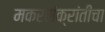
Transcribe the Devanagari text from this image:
मकरसंक्रांतीचा